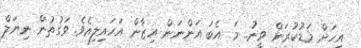
އިހަށް މަޑުކުރަން ވީނު.. މަ އެބަ އަންނަން އިޒާން އަހައިލިއެވެ. ވަގުތުން ނިޔަލް